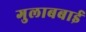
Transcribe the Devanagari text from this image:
गुलाबबाई